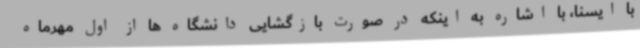
با ایسنا، با اشاره به اینکه در صورت بازگشایی دانشگاه ها از اول مهرماه